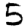
Digit: 5